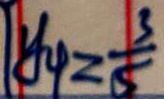
y _ { 4 } = \frac { 3 } { 5 }